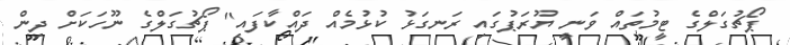
ޕޯޗުގަލްގެ ޓީމުތައް ވަނީ ޔޫރަޕުގައި ރަނގަޅު ކުޅުމެއް ދައްކާފައި" ޕޯޗުގަލްގެ ނޫހަކަށް ދިން